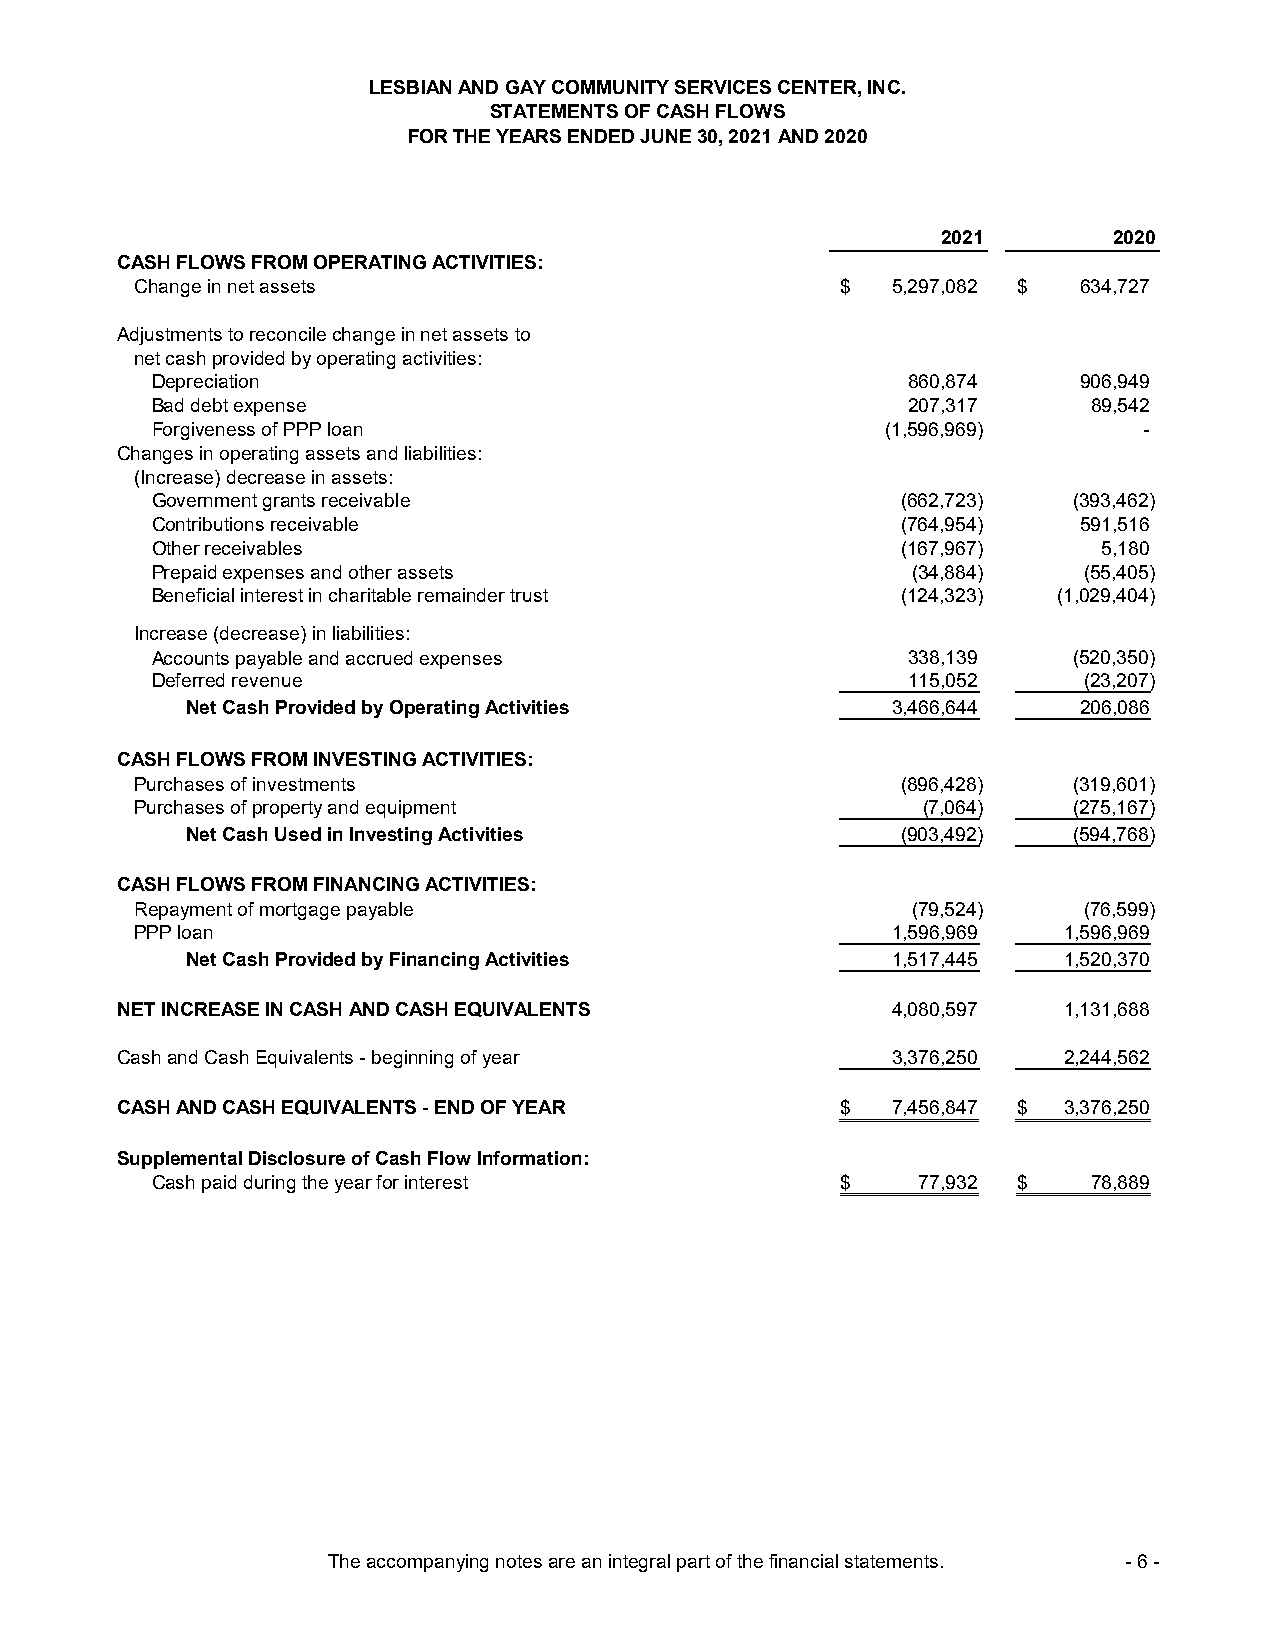
LESBIAN AND GAY COMMUNITY SERVICES CENTER, INC.
 STATEMENTS OF CASH FLOWS
 FOR THE YEARS ENDED JUNE 30, 2021 AND 2020
 2021        2020
 CASH FLOWS FROM OPERATING ACTIVITIES:
 Change in net assets                           $  5 ,297,082 $ 6 34,727
 Adjustments to reconcile change in net assets to
 net cash provided by operating activities:
 Depreciation                                      860,874    906,949
 Bad debt expense                                  207,317     89,542
 Forgiveness of PPP loan                          (1,596,969)      -
 Changes in operating assets and liabilities:
 (Increase) decrease in assets:
 Government grants receivable                      ( 662,723) (393,462)
 Contributions receivable                          ( 764,954) 591,516
 Other receivables                                 ( 167,967)   5,180
 Prepaid expenses and other assets                 ( 34,884)   (55,405)
 Beneficial interest in charitable remainder trust ( 124,323) ( 1,029,404)
 Increase (decrease) in liabilities:
 Accounts payable and accrued expenses             338,139    (520,350)
 Deferred revenue                                  115,052     (23,207)
 Net Cash Provided by Operating Activities      3 ,466,644  206,086
 CASH FLOWS FROM INVESTING ACTIVITIES:
 Purchases of investments                           ( 896,428) (319,601)
 Purchases of property and equipment                 ( 7,064)  (275,167)
 Net Cash Used in Investing Activities           ( 903,492) (594,768)
 CASH FLOWS FROM FINANCING ACTIVITIES:
 Repayment of mortgage payable                      ( 79,524)   (76,599)
 PPP loan                                          1 ,596,969 1,596,969
 Net Cash Provided by Financing Activities      1 ,517,445 1,520,370
 NET INCREASE IN CASH AND CASH EQUIVALENTS          4 ,080,597 1,131,688
 Cash and Cash Equivalents - beginning of year      3 ,376,250 2,244,562
 CASH AND CASH EQUIVALENTS - END OF YEAR         $  7 ,456,847 $ 3 ,376,250
 Supplemental Disclosure of Cash Flow Information:
 Cash paid during the year for interest        $    7 7,932 $  7 8,889
 The accompanying notes are an integral part of the financial statements. - 6 -